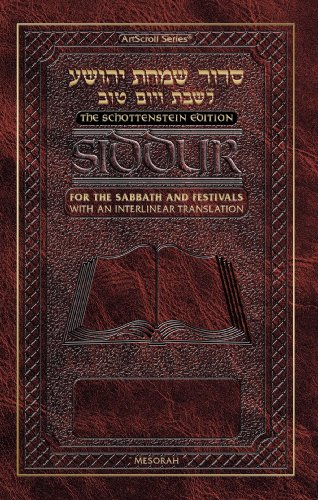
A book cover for Siddur Interlinear Sabbath & Festivals Full-size Ahkenaz Schottenstein Edition; Menachem Davis; Religion & Spirituality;